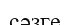
сәзге